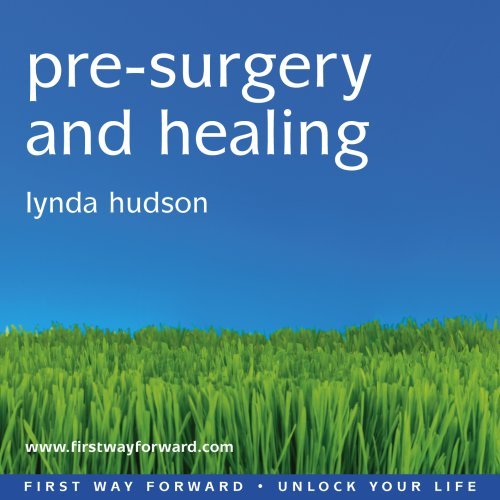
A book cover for Pre-surgery and Healing: For those Facing a Medical Procedure or Surgery (Lynda Hudson's Unlock Your Life Audio CDs for Adults); Lynda Hudson; Medical Books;